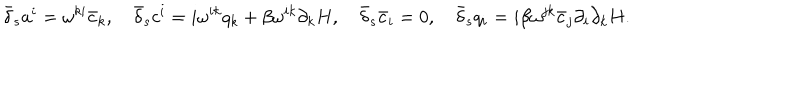
LaTeX: \nonumber \bar { \delta } _ { s } a ^ { i } = \omega ^ { k i } \bar { c } _ { k } , \quad \bar { \delta } _ { s } c ^ { i } = i \omega ^ { i k } q _ { k } + \beta \omega ^ { i k } \partial _ { k } H , \quad \bar { \delta } _ { s } \bar { c } _ { i } = 0 , \quad \bar { \delta } _ { s } q _ { i } = i \beta \omega ^ { j k } \bar { c } _ { j } \partial _ { i } \partial _ { k } H .